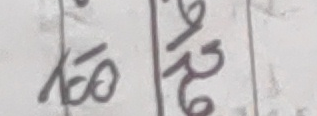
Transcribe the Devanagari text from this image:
१०० १६